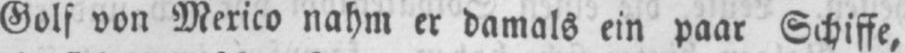
Golf von Mexico nahm er damals ein paar Schiffe,